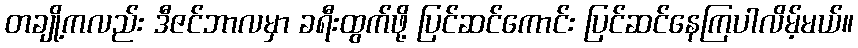
တချို့ကလည်း ဒီဇင်ဘာလမှာ ခရီးထွက်ဖို့ ပြင်ဆင်ကောင်း ပြင်ဆင်နေကြပါလိမ့်မယ်။